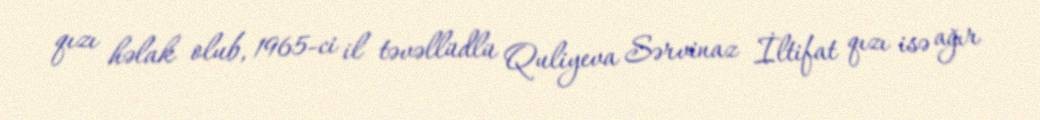
qızı həlak olub, 1965-ci il təvəllüdlü Quliyeva Sərvinaz İltifat qızı isə ağır